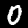
Label: 0